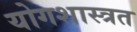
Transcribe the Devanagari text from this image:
योगशास्त्रत